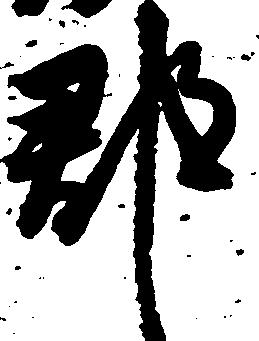
郡